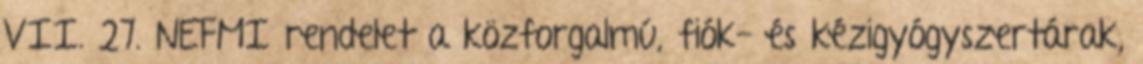
VII. 27. NEFMI rendelet a közforgalmú, fiók- és kézigyógyszertárak,